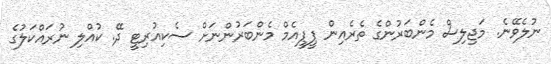
ނުލެވޭނެ. މަޖިލިސް މެންބަރުންގެ ތެރެއިން ޕީޕީއެމް މެންބަރުންނަށް ސެކިއުރިޓީ ދޭ. ކުއްލި ނުރައްކަލުގެ